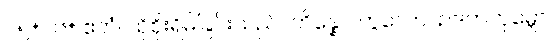
၀၅+၀၆+ ဧတံ၊ ထိုစိုးရိမ်ခြင်းသည်။ ဘိန္နော၊ ကွဲသော။ ဥဒကကုမ္ဘော၊